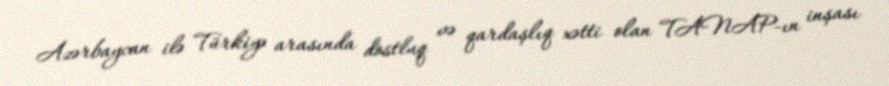
Azərbaycan ilə Türkiyə arasında dostluq və qardaşlıq xətti olan TANAP-ın inşası